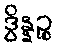
ဒွိန္နဉ္စ